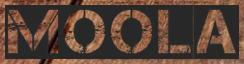
MOOLA